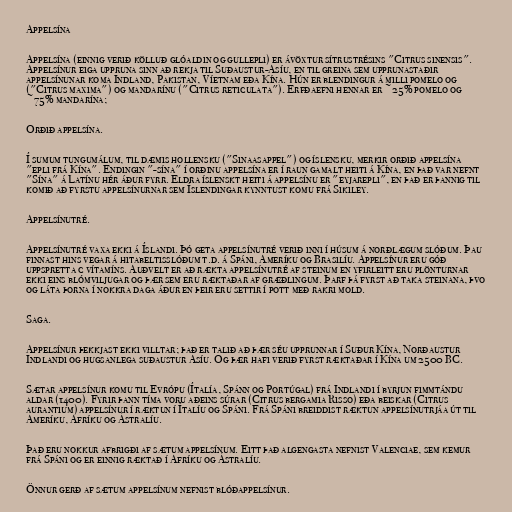
Appelsína

Appelsína (einnig verið kölluð glóaldin og gullepli) er ávöxtur sítrustrésins "Citrus sinensis".
Appelsínur eiga uppruna sinn að rekja til Suðaustur-Asíu, en til greina sem upprunastaðir
appelsínunar koma Indland, Pakistan, Víetnam eða Kína. Hún er blendingur á milli pomelo og
("Citrus maxima") og mandarínu ("Citrus reticulata"). Erfðaefni hennar er ~25% pomelo og
~75% mandarína;

Orðið appelsína.

Í sumum tungumálum, til dæmis hollensku ("Sinaasappel") og íslensku, merkir orðið appelsína
"epli frá Kína". Endingin "-sína" í orðinu appelsína er í raun gamalt heiti á Kína, en það var nefnt
"Sína" á Latínu hér áður fyrr. Eldra íslenskt heiti á appelsínu er "eyjarepli", en það er þannig til
komið að fyrstu appelsínurnar sem Íslendingar kynntust komu frá Sikiley.

Appelsínutré.

Appelsínutré vaxa ekki á Íslandi. Þó geta appelsínutré verið inni í húsum á norðlægum slóðum. Þau
finnast hins vegar á hitabeltisslóðum t.d. á Spáni, Ameríku og Brasilíu. Appelsínur eru góð
uppspretta c vítamíns. Auðvelt er að rækta appelsínutré af steinum en yfirleitt eru plönturnar
ekki eins blómviljugar og þær sem eru ræktaðar af græðlingum. Þarf þá fyrst að taka steinana, þvo
og láta þorna í nokkra daga áður en þeir eru settir í pott með rakri mold.

Saga.

Appelsínur þekkjast ekki villtar; það er talið að þær séu upprunnar í Suður Kína, Norðaustur
Indlandi og hugsanlega suðaustur Asíu. Og þær hafi verið fyrst ræktaðar í Kína um 2500 BC.

Sætar appelsínur komu til Evrópu (Ítalía, Spánn og Portúgal) frá Indlandi í byrjun fimmtándu
aldar (1400). Fyrir þann tíma voru aðeins súrar (Citrus bergamia Risso) eða beiskar (Citrus
aurantium) appelsínur í ræktun í Ítalíu og Spáni. Frá Spáni breiddist ræktun appelsínutrjáa út til
Ameríku, Afríku og Ástralíu.

Það eru nokkur afbrigði af sætum appelsínum. Eitt það algengasta nefnist Valenciae, sem kemur
frá Spáni og er einnig ræktað í Afríku og Ástralíu.

Önnur gerð af sætum appelsínum nefnist blóðappelsínur.